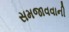
સમજાવવાની